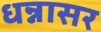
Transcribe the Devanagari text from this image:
धन्नासर